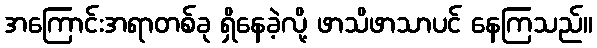
အကြောင်းအရာတစ်ခု ရှိနေခဲ့လို့ ဖာသိဖာသာပင် နေကြသည်။